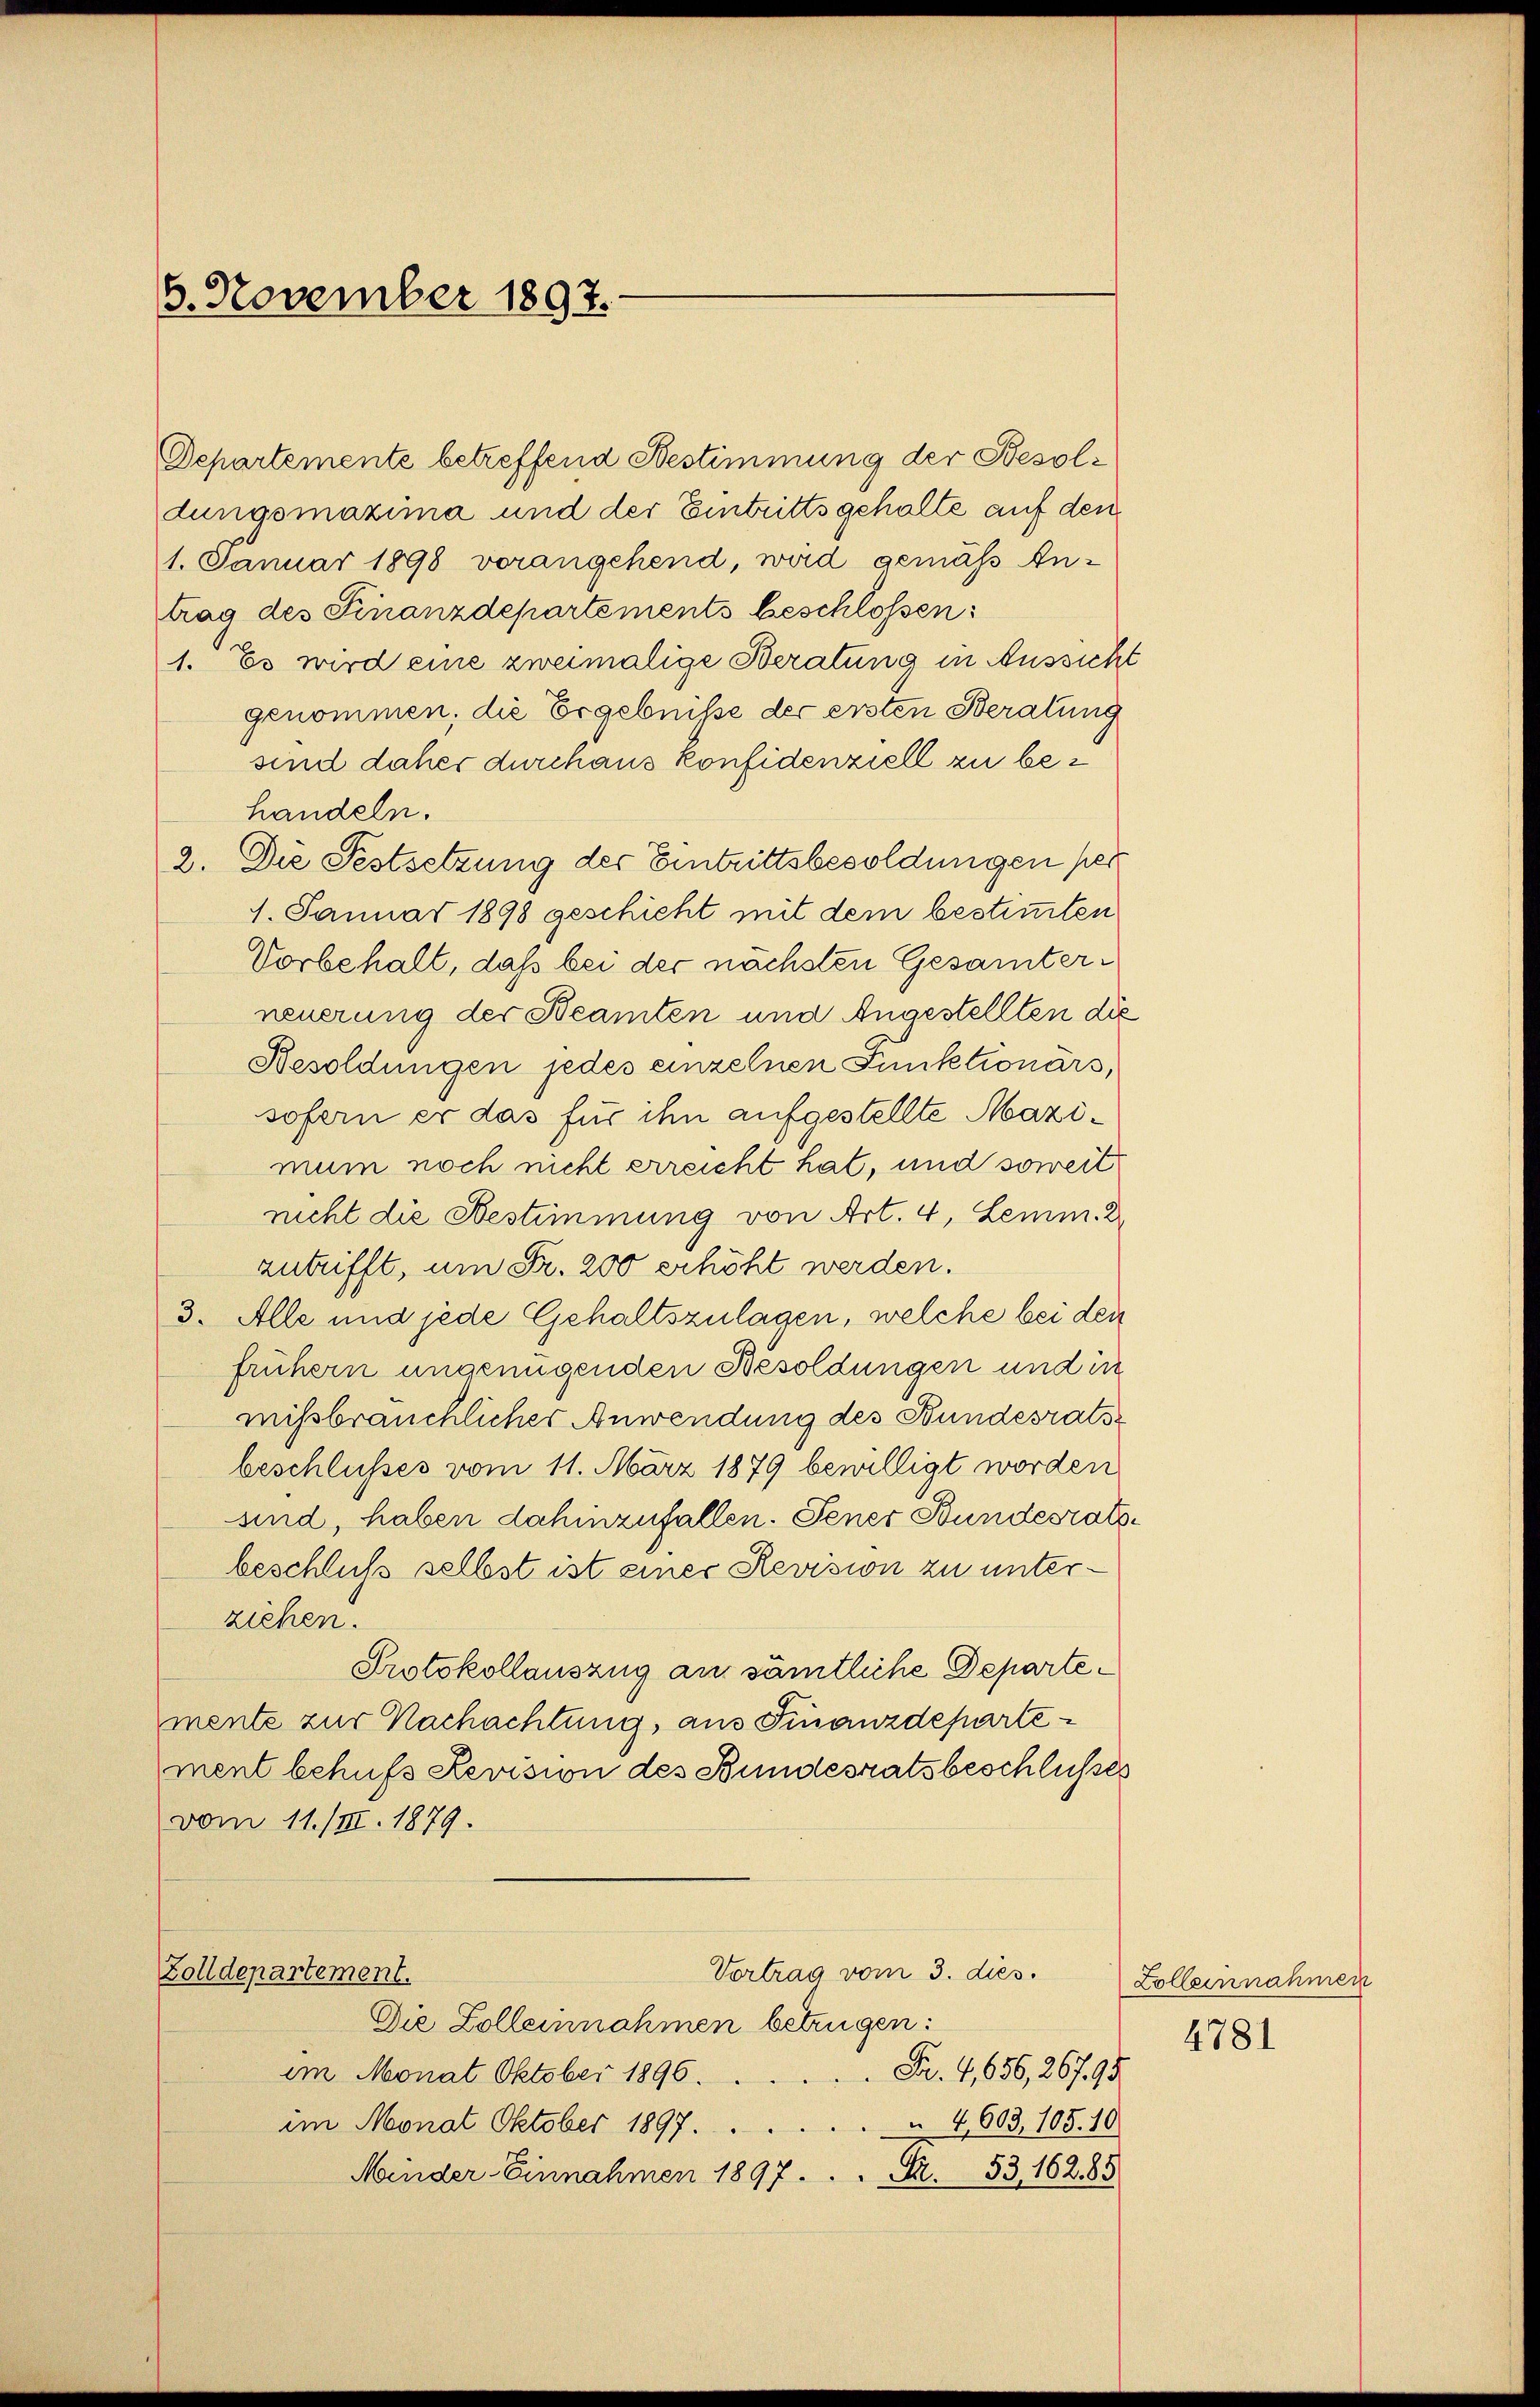
6. November 1897.

Departemente betreffend Bestimmung der Besoldungsmazima und der Eintrittsgehalte auf den
1. Januar 1898 vorangehend, wird gemäß Antrag des Finanzdepartements beschlossen:
1. Es wird eine zweimalige Beratung in Aussicht
genommen; die Ergebnisse der ersten Beratung
sind daher durchaus konfidenziell zu behandeln.
2. Die Festsetzung der Eintrittsbesoldungen per
1. Januar 1898 geschicht mit dem bestimmten
Vorbehalt, daß bei der nächsten Gesamterneuerung der Beamten und Angestellten die
Besoldungen jedes einzelnen Punktionärs,
sofern er das für ihn aufgestellte Mazimum noch nicht erreicht hat, und soweit
nicht die Bestimmung von Art. 4, Lemm. 2
zutrifft, um Fr. 200 erhöht werden.
3. Alle und jede Gehaltszulagen, welche bei den
frühern ungenügenden Besoldungen und in
missbräuchlicher Anwendung des Bundesratsbeschlusses vom 11. März 1879 bewilligt worden
sind, haben dahinzufallen. Gener Bundesratsbeschluß selbst ist einer Revision zu unterziehen.
Protokollauszug an sämtliche Departemente zur Nachachtung, aus Finanzdepartement behufs Revision des Bundesratsbeschlusses
vom 11./III. 1879.
Vortrag vom 3. dies.
Zolldepartement.
Die Zolleinnahmen betrügen:
Fr. 4,656, 267. 95.
im Monat Oktober 1896.
4,603, 105. 10
im Monat Oktober 1897.
Minder Einnahmen 1897 . . . S. 53, 162,85

Zolleinnahmen
4781